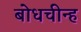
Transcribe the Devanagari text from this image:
बोधचीन्ह